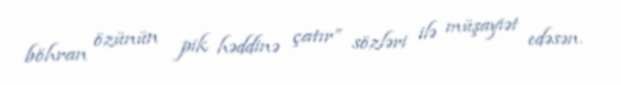
böhran özünün pik həddinə çatır” sözləri ilə müşayiət edəsən.